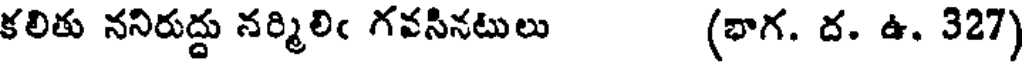
కలితు ననిరుద్దు నర్మిలిఁ గవసినటులు (భాగ. ద. ఉ. 327)